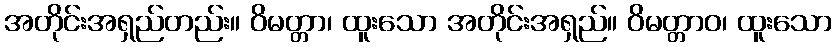
အတိုင်းအရှည်တည်း။ ဝိမတ္တာ၊ ထူးသော အတိုင်းအရှည်။ ဝိမတ္တာဝ၊ ထူးသော